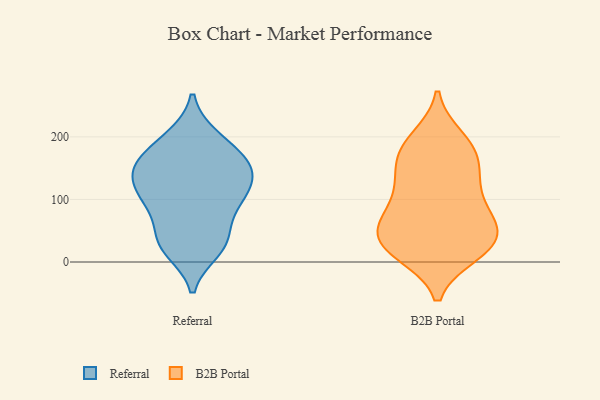
{"axis": {"x": "Production Output", "y": "Value"}, "legend": ["B2B Portal", "Referral"], "data": [{"x": "", "y": 125, "type": "Referral"}, {"x": "", "y": 94, "type": "Referral"}, {"x": "", "y": 112, "type": "Referral"}, {"x": "", "y": 200, "type": "Referral"}, {"x": "", "y": 144, "type": "Referral"}, {"x": "", "y": 139, "type": "Referral"}, {"x": "", "y": 106, "type": "Referral"}, {"x": "", "y": 19, "type": "Referral"}, {"x": "", "y": 177, "type": "Referral"}, {"x": "", "y": 25, "type": "Referral"}, {"x": "", "y": 95, "type": "Referral"}, {"x": "", "y": 162, "type": "Referral"}, {"x": "", "y": 28, "type": "Referral"}, {"x": "", "y": 200, "type": "Referral"}, {"x": "", "y": 163, "type": "Referral"}, {"x": "", "y": 84, "type": "Referral"}, {"x": "", "y": 49, "type": "Referral"}, {"x": "", "y": 32, "type": "Referral"}, {"x": "", "y": 153, "type": "Referral"}, {"x": "", "y": 144, "type": "Referral"}, {"x": "", "y": 110, "type": "B2B Portal"}, {"x": "", "y": 64, "type": "B2B Portal"}, {"x": "", "y": 136, "type": "B2B Portal"}, {"x": "", "y": 65, "type": "B2B Portal"}, {"x": "", "y": 198, "type": "B2B Portal"}, {"x": "", "y": 13, "type": "B2B Portal"}, {"x": "", "y": 107, "type": "B2B Portal"}, {"x": "", "y": 184, "type": "B2B Portal"}, {"x": "", "y": 143, "type": "B2B Portal"}, {"x": "", "y": 150, "type": "B2B Portal"}, {"x": "", "y": 189, "type": "B2B Portal"}, {"x": "", "y": 18, "type": "B2B Portal"}, {"x": "", "y": 62, "type": "B2B Portal"}, {"x": "", "y": 175, "type": "B2B Portal"}, {"x": "", "y": 19, "type": "B2B Portal"}, {"x": "", "y": 46, "type": "B2B Portal"}, {"x": "", "y": 22, "type": "B2B Portal"}, {"x": "", "y": 47, "type": "B2B Portal"}, {"x": "", "y": 78, "type": "B2B Portal"}, {"x": "", "y": 25, "type": "B2B Portal"}]}